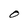
Character: O